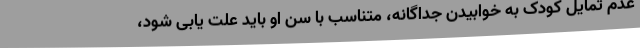
عدم تمایل کودک به خوابیدن جداگانه، متناسب با سن او باید علت یابی شود،